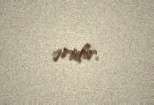
əridir.